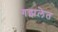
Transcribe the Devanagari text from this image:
गझलेत